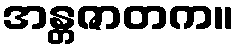
အန္တဇာတက။